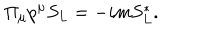
\Pi _ { \mu } p ^ { \mu } S _ { L } = - i m S _ { L } ^ { * } .